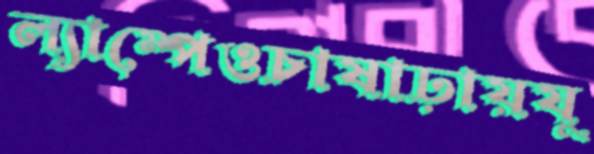
ল্যাম্পেওচাষাঢ়ায়যু